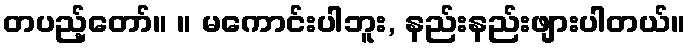
တပည့်တော်။ ။ မကောင်းပါဘူး, နည်းနည်းဖျားပါတယ်။